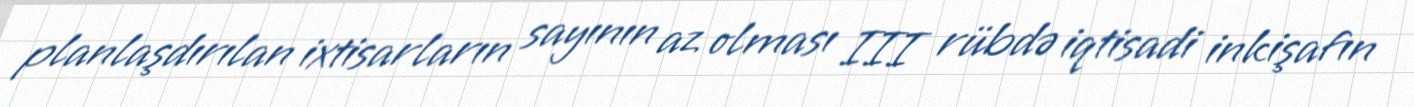
planlaşdırılan ixtisarların sayının az olması III rübdə iqtisadi inkişafın